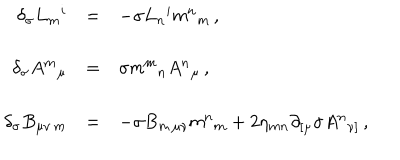
LaTeX: \begin{array} { r c l } { { \delta _ { \sigma } L _ { m } { } ^ { i } } } & { { = } } & { { - \sigma L _ { n } { } ^ { i } \mathsf { m } ^ { n } { } _ { m } \, , } } \\ { { } } & { { } } & { { } } \\ { { \delta _ { \sigma } A ^ { m } { } _ { \mu } } } & { { = } } & { { \sigma \mathsf { m } ^ { m } { } _ { n } A ^ { n } { } _ { \mu } \, , } } \\ { { } } & { { } } & { { } } \\ { { \delta _ { \sigma } B _ { \mu \nu \, m } } } & { { = } } & { { - \sigma B _ { m \, \mu \nu } \mathsf { m } ^ { n } { } _ { m } + 2 \eta _ { m n } \partial _ { [ \mu } \sigma A ^ { n } { } _ { \nu ] } \, , } } \\ \end{array}